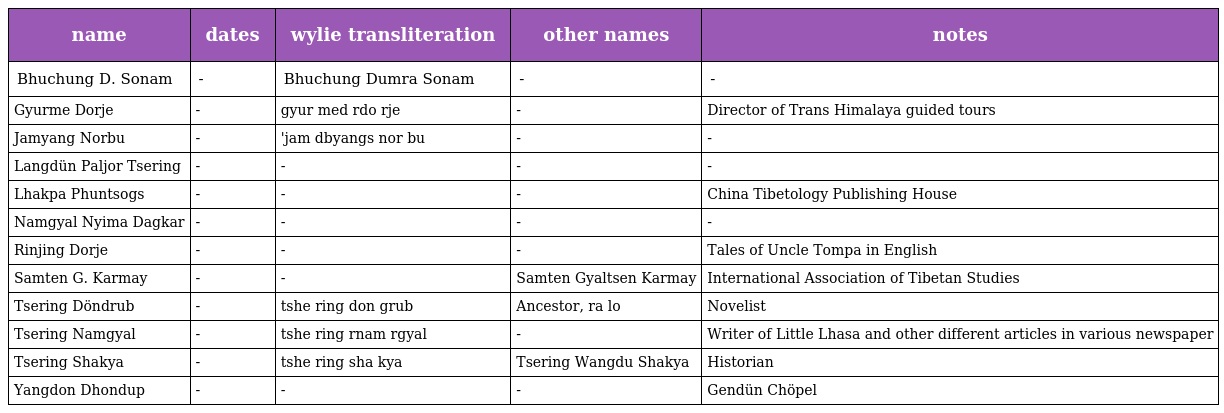
| name | dates | wylie transliteration | other names | notes |
 | --- | --- | --- | --- | --- |
 | Bhuchung D. Sonam | - | Bhuchung Dumra Sonam | - | - |
 | Gyurme Dorje | - | gyur med rdo rje | - | Director of Trans Himalaya guided tours |
 | Jamyang Norbu | - | 'jam dbyangs nor bu | - | - |
 | Langdün Paljor Tsering | - | - | - | - |
 | Lhakpa Phuntsogs | - | - | - | China Tibetology Publishing House |
 | Namgyal Nyima Dagkar | - | - | - | - |
 | Rinjing Dorje | - | - | - | Tales of Uncle Tompa in English |
 | Samten G. Karmay | - | - | Samten Gyaltsen Karmay | International Association of Tibetan Studies |
 | Tsering Döndrub | - | tshe ring don grub | Ancestor, ra lo | Novelist |
 | Tsering Namgyal | - | tshe ring rnam rgyal | - | Writer of Little Lhasa and other different articles in various newspaper |
 | Tsering Shakya | - | tshe ring sha kya | Tsering Wangdu Shakya | Historian |
 | Yangdon Dhondup | - | - | - | Gendün Chöpel |